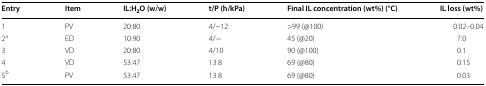
<table><thead><tr><td><b>Entry</b></td><td><b>Item</b></td><td><b>IL:H<sub>2</sub>O (w/w)</b></td><td><b>t/P (h/kPa)</b></td><td><b>Final IL concentration (wt%) (°C)</b></td><td><b>IL loss (wt%)</b></td></tr></thead><tbody><tr><td>1</td><td>PV</td><td>20:80</td><td>4/~12</td><td>&gt;99 (@100)</td><td>0.02–0.04</td></tr><tr><td>2<sup>a</sup></td><td>ED</td><td>10:90</td><td>4/−</td><td>45 (@20)</td><td>7.0</td></tr><tr><td>3</td><td>VD</td><td>20:80</td><td>4/10</td><td>90 (@100)</td><td>0.1</td></tr><tr><td>4</td><td>VD</td><td>53:47</td><td>13.8</td><td>69 (@80)</td><td>0.15</td></tr><tr><td>5<sup>b</sup></td><td>PV</td><td>53:47</td><td>13.8</td><td>69 (@80)</td><td>0.03</td></tr></tbody></table>